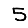
Digit: 5